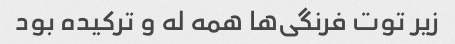
زیر توت فرنگی‌ها همه له و ترکیده بود